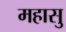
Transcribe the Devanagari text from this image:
महासु